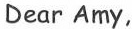
Dear Amy,